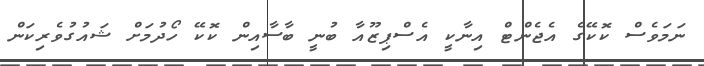
ނަމަވެސް ކޮކޭގެ އެޖެންޓް އިނާކީ އެސްޕިޒޫއާ ބުނީ ބާސާއިން ކޮކޭ ހޯދުމަށް ޝައުގުވެރިކަން